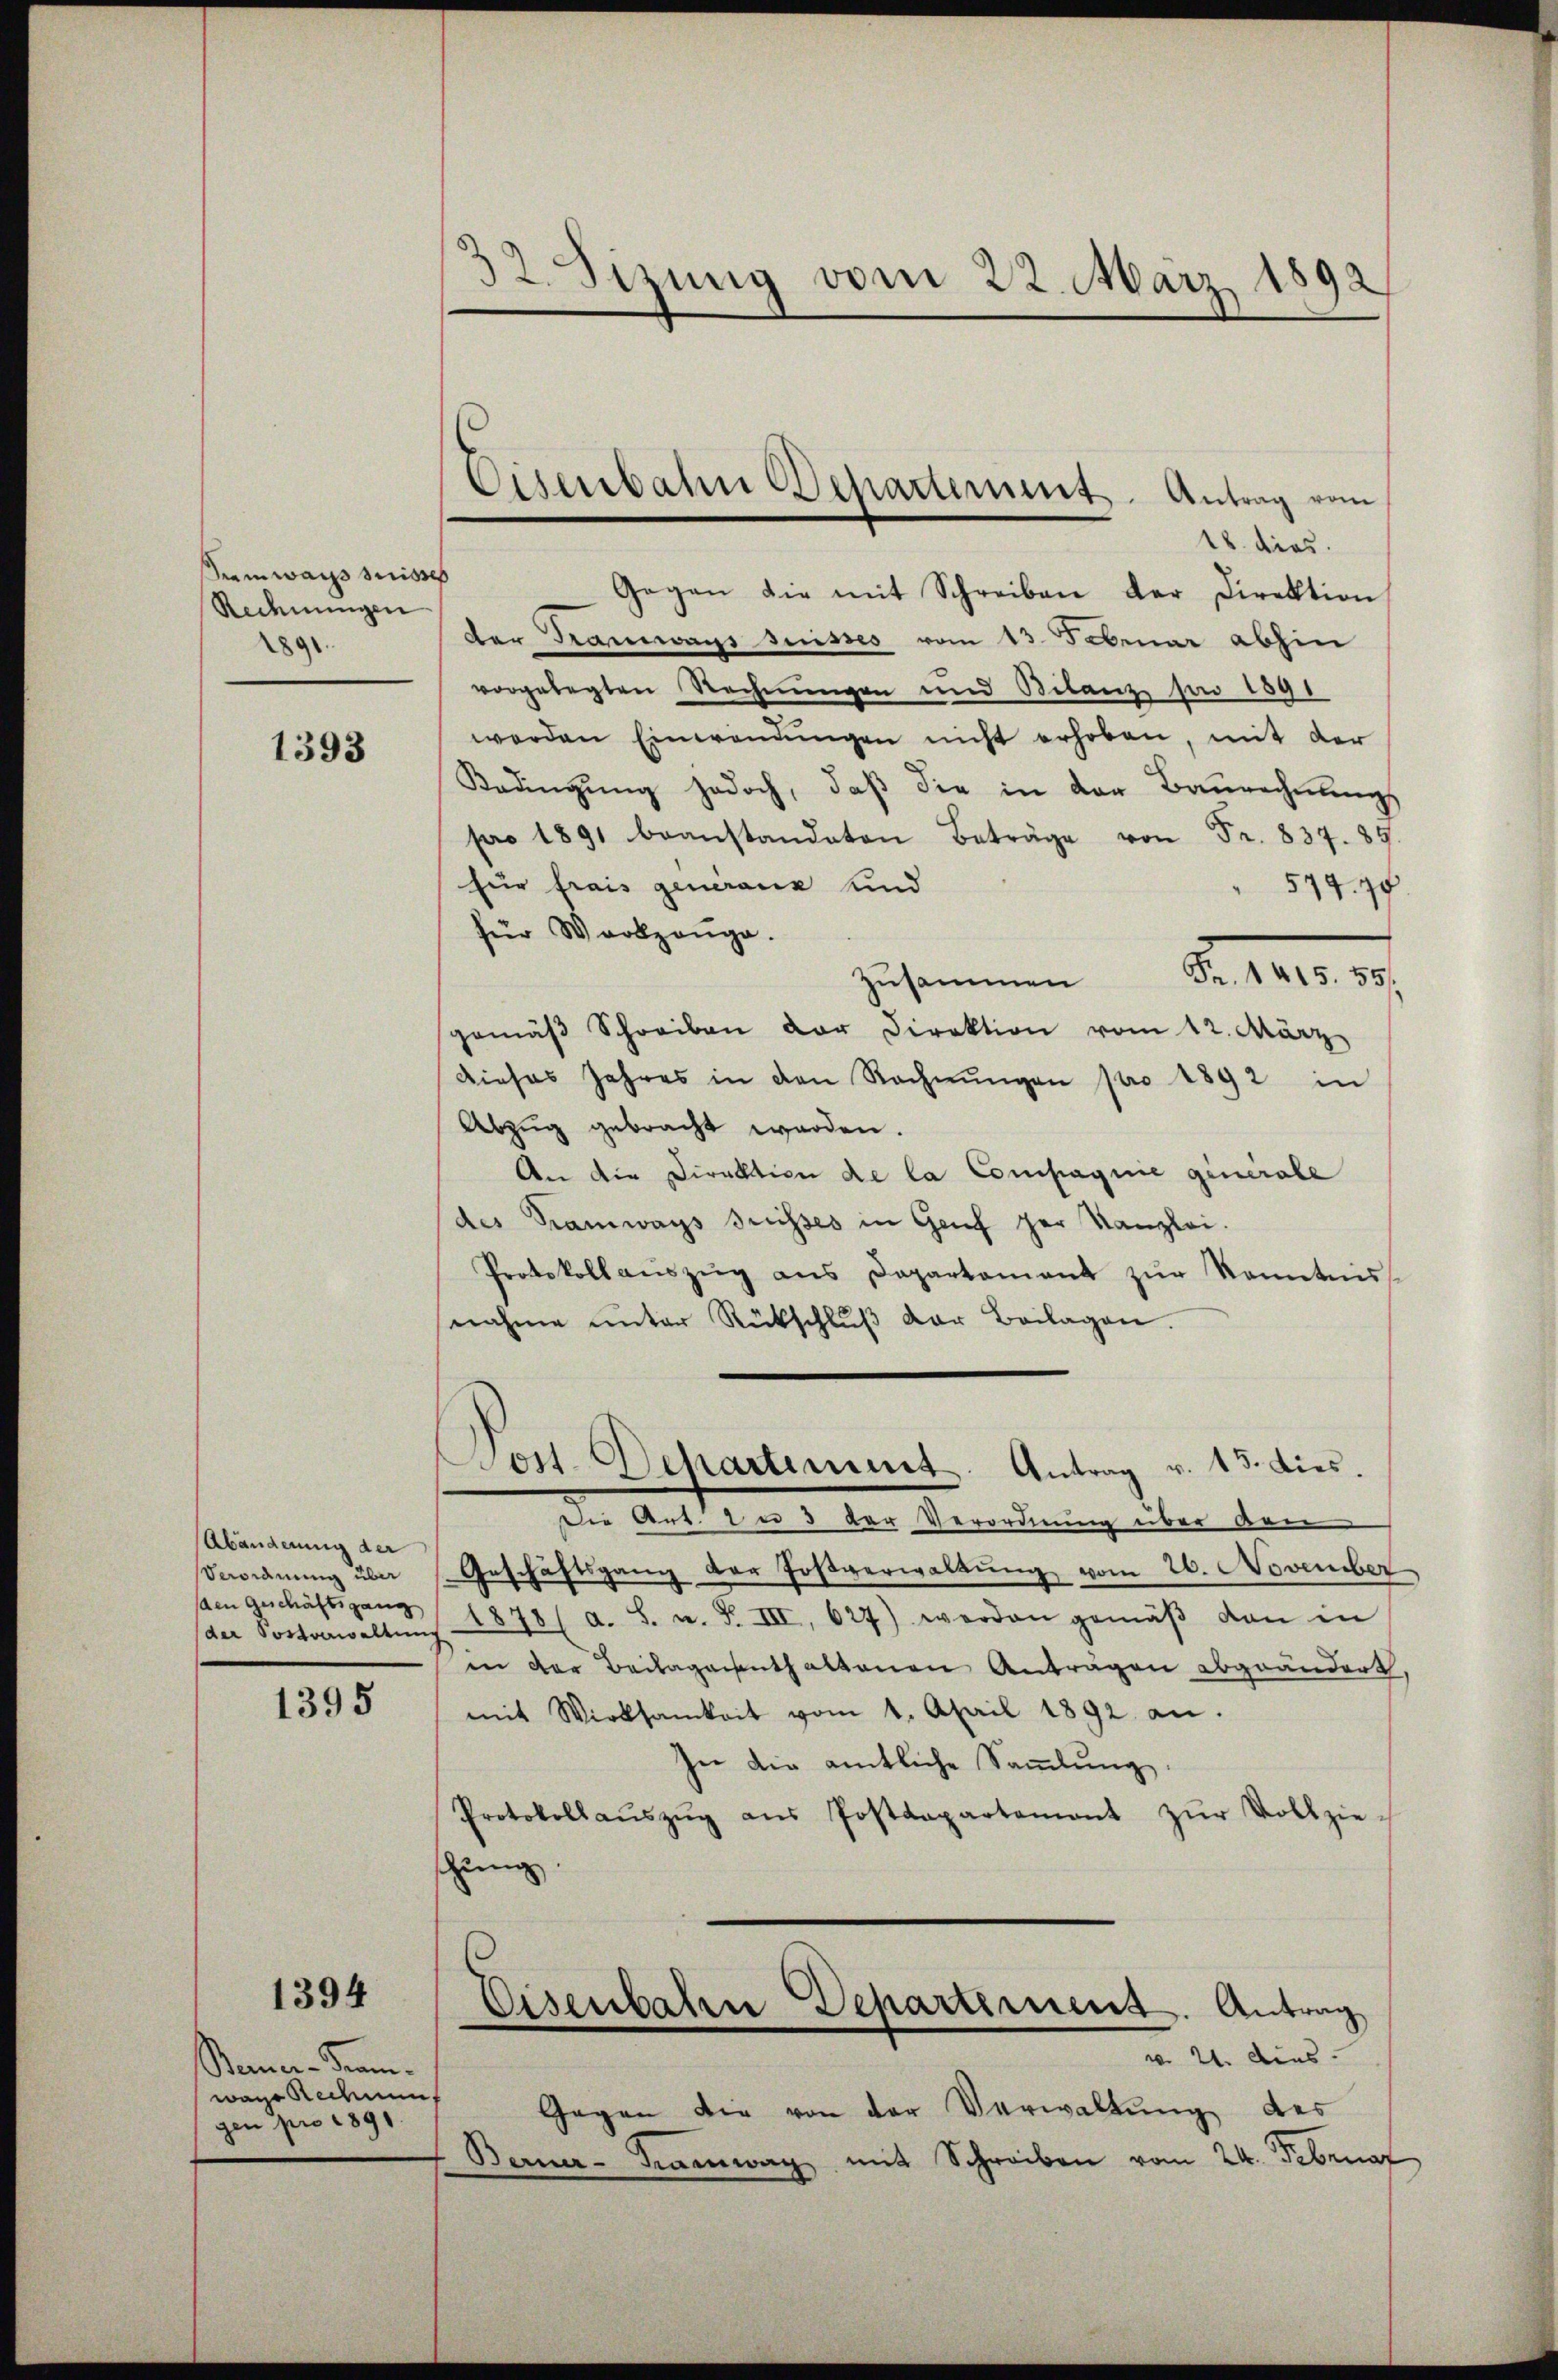
Semwais suisses
Rechnungen
2891.

1393

Abänderung der
Veordnung über
sden geschäftsgang

1395

1394

Bemer-Seen.
wage Redement
gen pro 1891

32. Sizung vom 22. März 1892

Eisenbahn Departement. Antrag vom

18. dies
Gegen die mit Schreiben der Direktion
der Tramwans suisses vom 13. Februar abhin
vorgelegten Rechnungen und Bilanz son 1891
werden Einwendŭngen nicht erhoben, mit der
Bedingung jedoch, daß die in der Baurechnungs
pro 1891 beanstandaten Beträge von Fr. 837. 89.
für frais generanz und
574. 75
für Werkzeuge.
zusammen d. 1810.
gemäβ Schreiben der Direktion vom 12. März
Dieses Jahres in den Rechnŭngen pro 1892 in
Abzug gebracht worden.
An die Direktion de la Compagnie generale
des Tramways suisses in Genf zur Kanzlei.
Protokoll aŭszŭg ans Departement zŭr Kenntnis-
nahme unter Rückschlŭβ der Beilagen.
Jos. Departement. Antrag v. 13. dies.
Die Art. 2 u 3 der Verordnung über den
Geschäftsgang der Foβverwaltŭng vom 26. November
der Postverwaltung 378 ( A. S. u. F. III 627) werden gemäβ den in
in der Beilagenthaltenen Antragen abgeändert,
mit Wirksamkeit vom 1. April 1892. an.
In die amtliche Sammlung.
Protokollaŭszŭg aŭs Postdepartament zŭr Vollzie-
sung
Eisenbahn Departement. Antrag
v. 21. dies
Gegen die von der Verwaltung des
Berner-Tramwag mit Schreiben vom 24. Februar